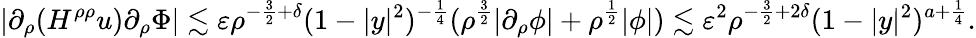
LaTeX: |\partial_{\rho}(H^{\rho\rho}u)\partial_{\rho}\Phi|\lesssim\varepsilon\rho^{-\frac 32+\delta}(1-|y|^{2})^{-\frac 14}(\rho^{\frac 32}|\partial_{\rho}\phi|+\rho^{\frac 12}|\phi|)\lesssim\varepsilon^{2}\rho^{-\frac 32+2\delta}(1-|y|^{2})^{a+\frac 14}.